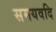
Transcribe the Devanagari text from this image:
समयवदि